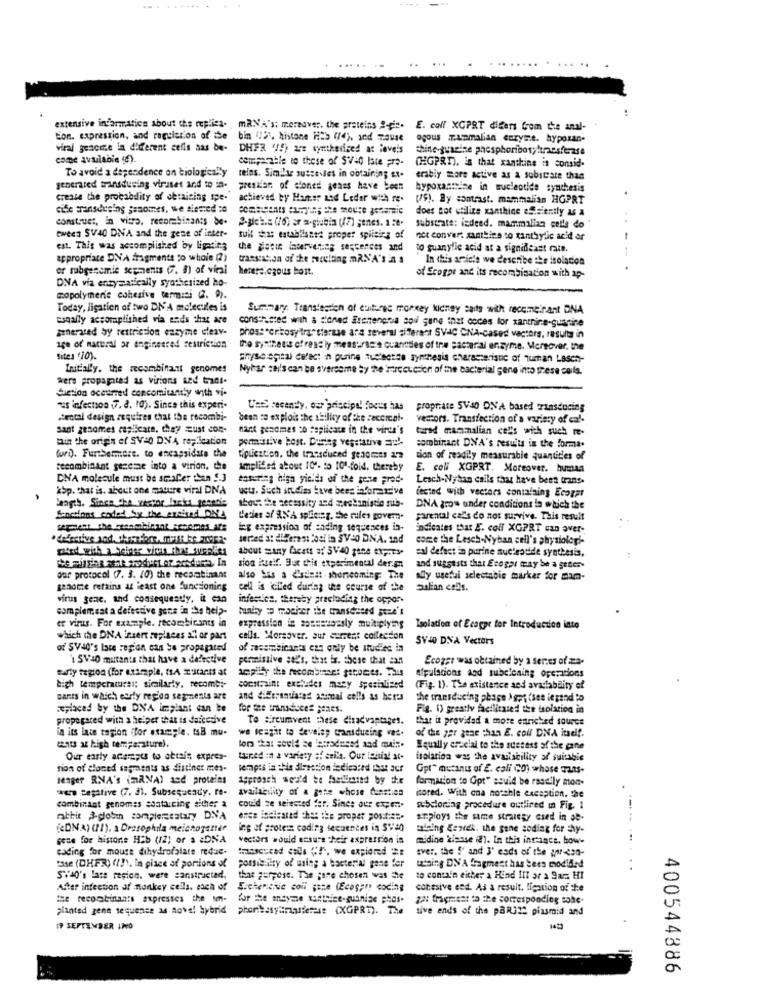
extensive information about the replica. , mRNA's; moreover, the proteins 2-die.
E. coli XGPRT digers from the anal-
ton. expression, and regulation of the
bin (51, histone His (74), and TOuse
ogous upmalian enzyme. hypozan-
viral genome in different cells aas be-
DHFR '45) are synthesized at laveis
chine-guaeine phosphoribos; ! transferase
come available (6).
comparable to those of Si-O late Fre-
To avoid a dependence on biologically
(HGPRI), is that xanthine in consid-
teins. Simile susce les in obtaining ex-
erably more active as a substrate than
generated transdusing viruses and to in.
presifan of ciones genes have been
bypoxastine in nucleotide synthesis
create the procabdity of obtaining ipe.
achieved by Hatse and Ledar with re.
(6), By contrast, mammalian HGPRT
cife transduning seaomes, we siemed 20
does not utilize xanthice essiently as a
construes, in vitro. recombinants be-
..
substrate: indeed. mammalian celle do '
twees SV40 DNA and the gene of inter-
tull has establisnet proper spileing of
net conver: xanthins to xanthylic acid or
est. This was accomplished by ligating
the Sotte intervening sequences and
to suanylic acid at a significast rate.
appropriate DNA fragments to whole (2)
transeason of the resulting maN'A's n &
In this article we describe the isolation
--
or rubgenomic segments (. 8) of viral
herere:cgous bort.
.
DNA via enzymatically synthesized ho-
of Scogpe and its recombination with ap-
mopolymerie cohesive termini (2. 9).
Today, ligation of two DN'A molecules is
Summary. Transtendon of cultures monkey kidney sais with recombinant DNA
esqally accomplished via ends that are
constructed with a sioned Essienera sou gene inet codes for xanthine-guantine
generated by restriction enzyme leav-
phoss critosy tra" stersse ana several diferent SVAC CNA-cased vactors, resulta in
age of natural or engineered restriction
Iho systhees ofressly measurse e cuanetles of the Bacterial erzyme. Moreover. the
Sites '10).
physe spinal defect n purine Ruchsette synthesis characteristic of qumran Lasch-
Initially. the recombinant genomes
Nyhar cai's can be sversome by the Harcercion of the bacterial gene ino these colla.
were propagated as virions and trans-
duetion occurred concomitantly with vi-
"sinfectsos 7. a. 10). Since this experi-
Ues recently, our principal focus has
propriate 5Vao ON'A based riasducing
Settal design requires that the recombi-
been so exploit the ability of the cecerca !.
vectors. Transfection of a variety of eu !-
sant genomes replicate, they must con-
nant genomes to replicate in the vince's
tured naamalian ce's with such re-
min the origin of SV=0 DNA replication
pormissive host. During vegetative au !-
fori). Furthermore, to encapsidste the
combinant DNA's results in the forma.
tiplication. the tresduced genome! ?
sion of readily measurable quantities of
recombinant gezeme into a virion. the
amplified about 101- to 101-foid. thereby
E. coli XGPRT. Moreover. human
DNA molecule must be smaller than 5.3
ensuring high yields of the gone prad.
Lesch-Nytan calls that have been trans.
kbp. that is. about one mawere viral DNA
usta. Such studies have bees informative
fected with vectors containing Ecogat
Length. Since Che vestor lacks genanis
about the secessity and mechanisde sub-
DNA grow under conditions la which the
Sanctions coded by the eneised DNA
L'erien af RN'A splicing, the rules govern.
parental cal's do not survive. This result
ing expression of ending sequences in-
indicates that E. coff XGPRT can aver-
sorted at different Cosi in SV-0 DNA. Ind
come the Lesch-Nyban cell's physiologi-
pied with a heiper vious that supplies
about many facets #: 5V40 gene ehp.twe
sal defast in purine sucheodde synthesis.
sion itself. But this experimental der.im
and suggests that Ecogas may be a gener-
our protocol (7. 3. 10) the recarabinant
also bas a dienst shoreoming The
ally useful selectabie marker for mara-
genome retains at least one functioning
cell is iclled during the course of the
Salian cells.
virus geac. and consequently, it can
infecties, thereby preclading the oppos-
complemcat a defective gone in the help-
bundy to mocher the mansdsend Fue's
er virus. For example. recombicants in
expression is sanssuously multiplyms
Isolation of Ecagpr for Introduction into
which the DNA insert replaces all or part
calla. Moraaver. aur current collection
SV40 DNA Vectors
of SV40's late region can se propagated
of racombinan's can only be studied in
1 SV:O mutants that have a defective
permissive sal's, that ix. those that =an
Ecoger was obtained by a series of ma-
early region (for example, tsA Z'stants at
uppilby the recombinant geromes. Thus
elpalacions and subelening operations
Ligh temperaturas: similarly, recombi-
constraint excludes maty Specialized
(Fig. 1). The existence aed avaclability of
cants in which early region segments art
and diEtranslates animal cells as heres
the transducing phage > gps (see iezand to
Explaced by the DNA implant can be
for the transduces senes.
Fig. 1) greatly facilitated the isolation in
propagated with a helper that is dafcctive
Te :reumvent these disadvantages.
that it provided a more entricked source
in its late ragion ffor example. tsB mu-
we fcapit to develey cransducing ves.
of this ger gene than E. col DNA itself.
wants at high temperature).
lors that could be atrodused and main.
Equally ersclal to the suetess of the cane
Our early acerapes to obtain expres-
tarned :a a variety of anila. Our initial at.
isolation was the availability of suitable
Tion of cloned sarments as distinct mes-
Tempis in this direction dedicated Ast aer
Gpr" mutanus of E. coli (0) whose mas-
senger RNA's (naNA) and proteins
Approach would be facilitated by the
formation to Opt" souid be rasdily mon-
wer tegative (7. 2). Subsequcady. re-
availability of a gene whose Cuestica
itored. With ana notchle exception. the
combinant genomes csatauring sither a
could se selected fer. Since our expen.
subcloning procedure outlined in Fig. 1
mitit A-globin compiereestary DNA
once incleared ches the proper post := ".
Employs the same strategy csed in ae-
(DNA) (I), a Dessophila meiozogener
ing of protein coding sequences in $$40
tuining genrek. the gone coding for thy-
gece for histone Hib (12) or s DNA
vectors would ensure their expression is
midine kinase (!). In this instance. howw
coding for mouse dihydrofolate redac.
transcurad calls (!), we explored ##
Ever. the {" and 3' eads of the air-con-
tase (DHFR) ( !! ). in place of portions of
possibility of usin; a bacterial gene fer
watning DNA fragment has been modified
S'i'4O's late region. were constructed.
that purpose. The gone chosen was Ele
to contain either a Hind IIT ar a 9ar: HI
After infection of monkey cells. each of
Eschenchic coll ;ine (Ecogeny coding
cohesive eed. As a result. lication of the
the recombinants expresses the tem-
for the ansyme xanthice.guinise phos.
za: fragment to the corresponding tohe-
planted gene sequence as aove! hybrid
phantasylinusderese (XGPRT).
tive ends of the paRin2 plasmid and
IP SEPTEMBER LNO
400544886